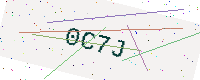
Text: 0C7J